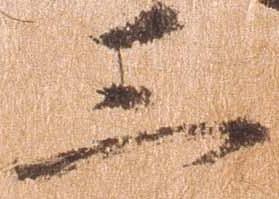
三